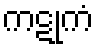
ကဋုကံ